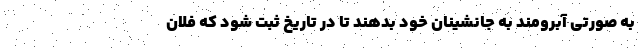
به صورتی آبرومند به جانشینان خود بدهند تا در تاریخ ثبت شود که فلان